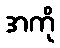
အကို